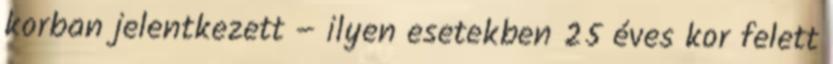
korban jelentkezett – ilyen esetekben 25 éves kor felett